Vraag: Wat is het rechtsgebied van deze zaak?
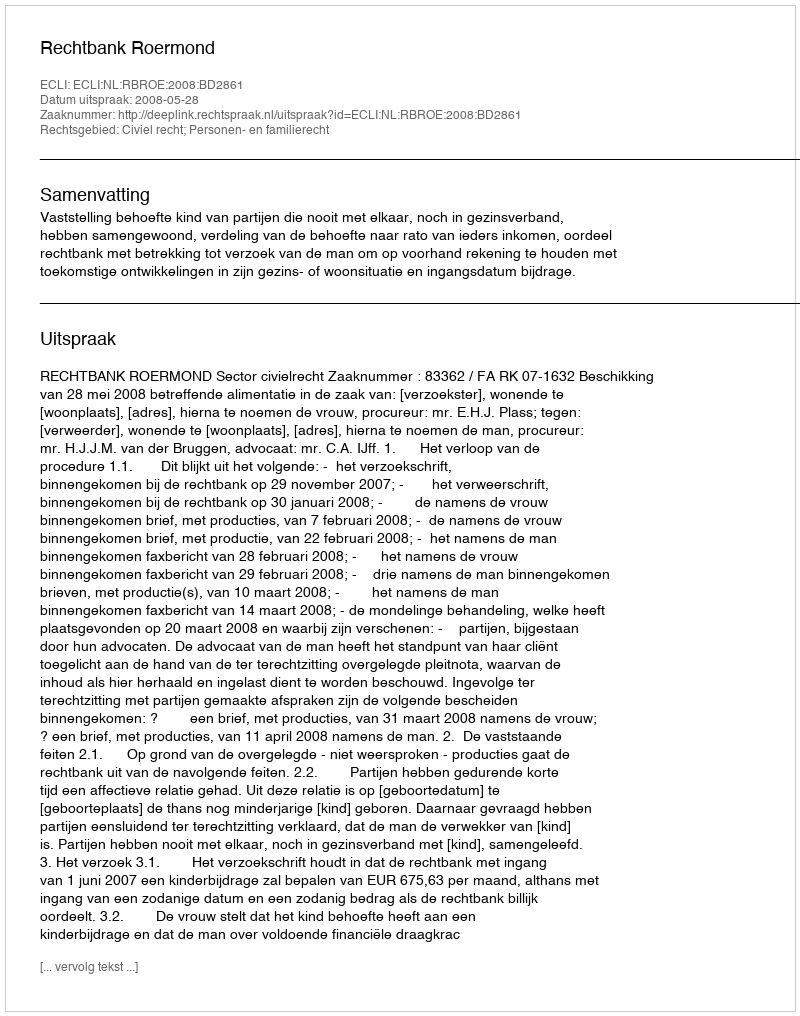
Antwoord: Civiel recht; Personen- en familierecht